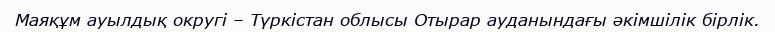
Маяқұм ауылдық округі – Түркістан облысы Отырар ауданындағы әкімшілік бірлік.